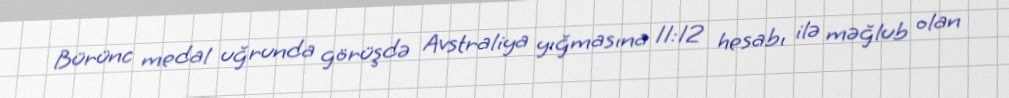
Bürünc medal uğrunda görüşdə Avstraliya yığmasına 11:12 hesabı ilə məğlub olan